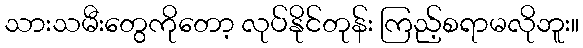
သားသမီးတွေကိုတော့ လုပ်နိုင်တုန်း ကြည့်စရာမလိုဘူး။